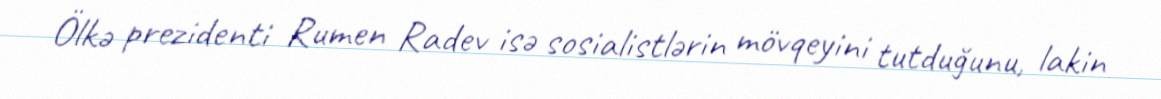
Ölkə prezidenti Rumen Radev isə sosialistlərin mövqeyini tutduğunu, lakin